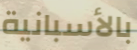
بالأسبانية